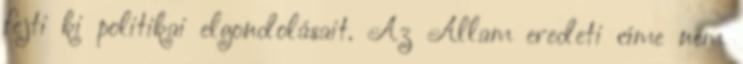
fejti ki politikai elgondolásait. Az Állam eredeti címe nem